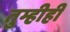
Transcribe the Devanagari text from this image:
तुम्हीही